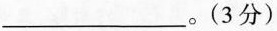
___。（3分）